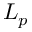
L _ { p }